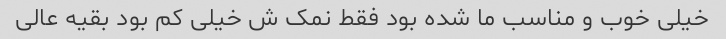
خیلی خوب و مناسب ما شده بود فقط نمک ش خیلی کم بود بقیه عالی